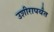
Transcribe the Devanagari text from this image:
उशीरापर्यंत